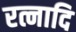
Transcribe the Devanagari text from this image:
रत्नादि